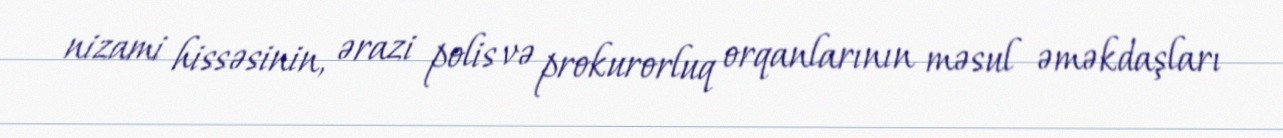
nizami hissəsinin, ərazi polis və prokurorluq orqanlarının məsul əməkdaşları